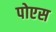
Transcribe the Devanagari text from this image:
पोएस